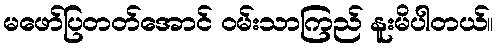
မဖော်ပြတတ်အောင် ဝမ်းသာကြည် နူးမိပါတယ်။